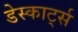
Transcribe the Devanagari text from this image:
डेस्कार्ट्स